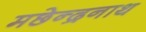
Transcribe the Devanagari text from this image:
मछेन्द्रनाथ